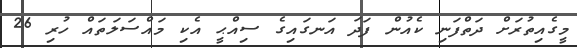
މީގެއިތުރަށް ދަތްފަނި ކެއުން ފަދަ އަނގައިގެ ސިއްޙީ އެކި މައްސަލަތައް ހުރި 26